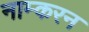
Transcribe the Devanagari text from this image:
नाम्करन